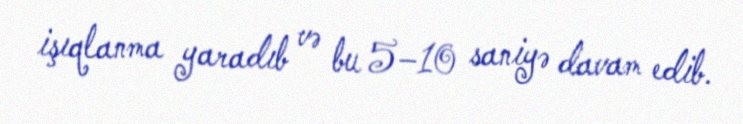
işıqlanma yaradıb və bu 5–10 saniyə davam edib.